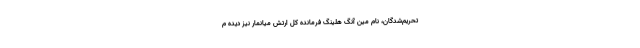
تحریم‌شدگان، نام مین آنگ هلینگ فرمانده کل ارتش میانمار نیز دیده م